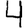
Digit: 4